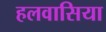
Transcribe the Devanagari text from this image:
हलवासिया